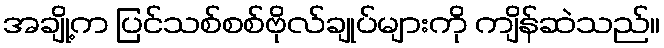
အချို့က ပြင်သစ်စစ်ဗိုလ်ချုပ်များကို ကျိန်ဆဲသည်။